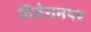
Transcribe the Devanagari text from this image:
विवेचनपर